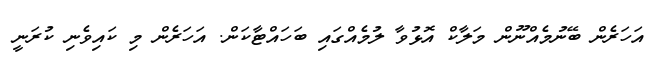
އަހަރެން ބޭނުމެއްނޫން މަލާކް އޮޅުވާ ލުމެއްގައި ބަހައްޓާކަން. އަހަރެން މި ކައިވެނި ކުރަނީ